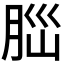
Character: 𦛁